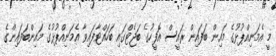
މީ އެމަނިއްޕުޅުގެ މައިން ބަފައިން ރައީސް އޮފީހުގެ ބަޖެޓްގައި ބަހައްްޓާފައިވާ އެމަނިއްޕުޅުގެ މައިންބަފައިންގެ